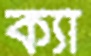
ক্যাঁ